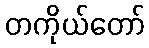
တကိုယ်တော်